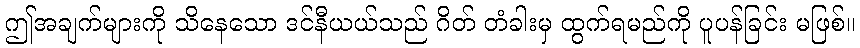
ဤအချက်များကို သိနေသော ဒင်နီယယ်သည် ဂိတ် တံခါးမှ ထွက်ရမည်ကို ပူပန်ခြင်း မဖြစ်။